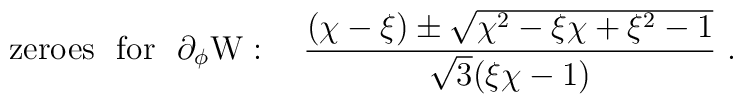
{\rm zeroes\ \ for \ \ \partial_\phi W}: \quad  {{(\chi-\xi)\pm \sqrt{\chi^2-\xi\chi+\xi^2-1}} \over{\sqrt{3}(\xi\chi-1)}} \ .